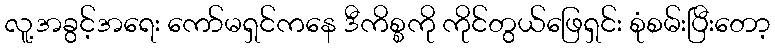
လူ့အခွင့်အရေး ကော်မရှင်ကနေ ဒီကိစ္စကို ကိုင်တွယ်ဖြေရှင်း စုံစမ်းပြီးတော့